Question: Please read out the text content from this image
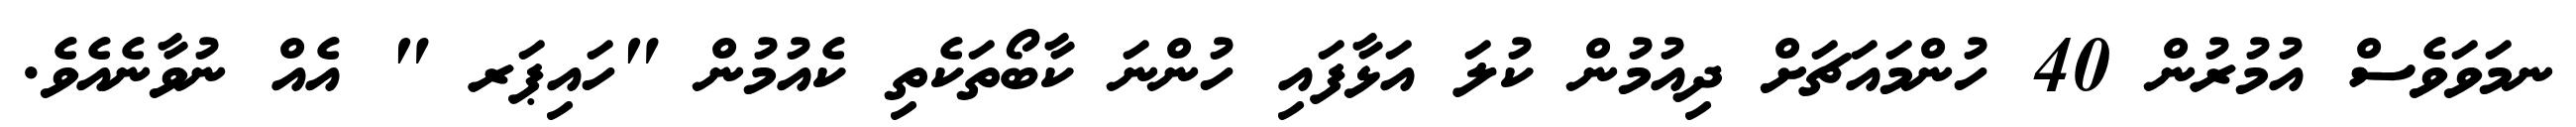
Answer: ނމަވަވެސް އުމުރުން 40 ހުންމައަޗަށް ދިއުމުން ކުލަ އަޅާފައި ހުންނަ ކާބޯތަކެތި ކެއުމުން "ހައިޕަރ " އެއް ނުވާނެއެވެ.